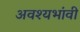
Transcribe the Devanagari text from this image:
अवश्यभांवी